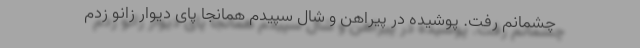
چشمانم رفت. پوشیده در پیراهن و شال سپیدم همانجا پای دیوار زانو زدم